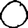
Digit: 0